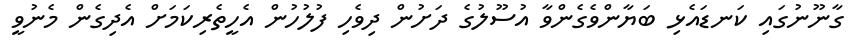
ގާނޫނުގައި ކަނޑައެޅި ބަޔާންވެގެންވާ އުސޫލުގެ ދަށުން ދިވެހި ފުލުހުން އެހީތެރިކަމަށް އެދިގެން މެނުވީ